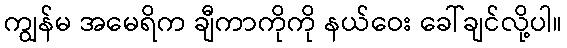
ကျွန်မ အမေရိက ချီကာကိုကို နယ်ဝေး ခေါ်ချင်လို့ပါ။